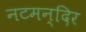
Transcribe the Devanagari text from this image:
नटमन्दिर